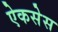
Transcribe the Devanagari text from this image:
ऐकसेस